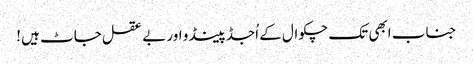
جناب ابھی تک چکوال کے اُجڈ پینڈو اور بے عقل جاٹ ہیں !